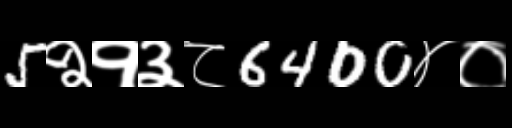
Text: 5२१३८6400४०